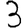
Digit: 3